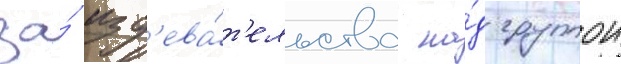
за́ изд'ева́т'ельства на́д группои